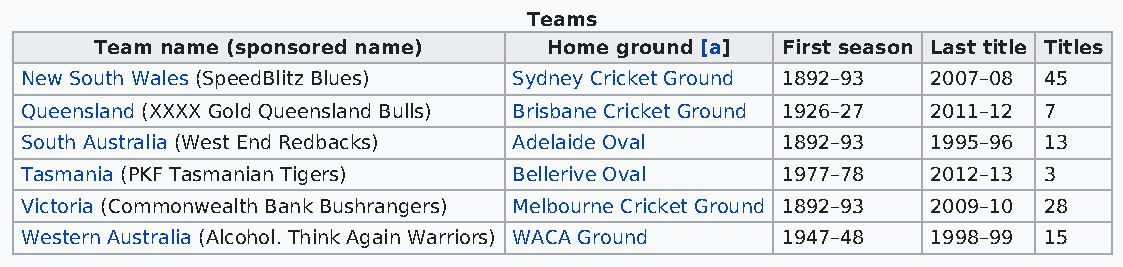
Teams
 Team name (sponsored name)    Home ground [a] First season Last title Titles
 New South Wales (SpeedBlitz Blues) Sydney Cricket Ground 1892–93 2007–08 45
 Queensland (XXXX Gold Queensland Bulls) Brisbane Cricket Ground 1926–27 2011–12 7
 South Australia (West End Redbacks) Adelaide Oval  1892–93   1995–96 13
 Tasmania (PKF Tasmanian Tigers)  Bellerive Oval    1977–78   2012–13 3
 Victoria (Commonwealth Bank Bushrangers) Melbourne Cricket Ground 1892–93 2009–10 28
 Western Australia (Alcohol. Think Again Warriors) WACA Ground 1947–48 1998–99 15